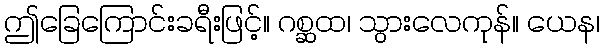
ဤခြေကြောင်းခရီးဖြင့်။ ဂစ္ဆထ၊ သွားလေကုန်။ ယေန၊